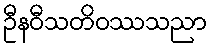
ဦနဝီသတိဝဿသညာ